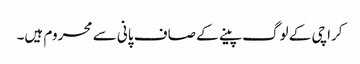
کراچی کے لوگ پینے کے صاف پانی سے محروم ہیں۔